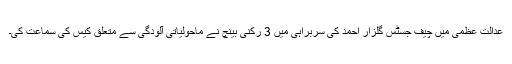
عدالت عظمیٰ میں چیف جسٹس گلزار احمد کی سربراہی میں 3 رکنی بینچ نے ماحولیاتی آلودگی سے متعلق کیس کی سماعت کی۔